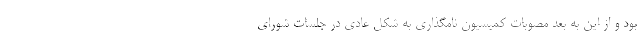
بود و از این به بعد مصوبات کمیسیون نامگذاری به شکل عادی در جلسات شورای